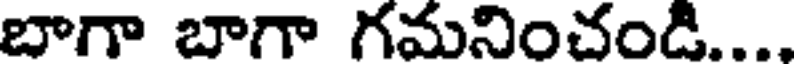
బాగా బాగా గమనించండి....